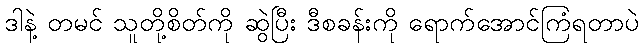
ဒါနဲ့ တမင် သူတို့စိတ်ကို ဆွဲပြီး ဒီစခန်းကို ရောက်အောင်ကြံရတာပဲ